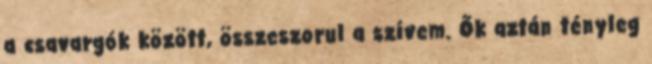
a csavargók között, összeszorul a szívem. Ők aztán tényleg